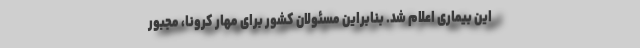
این بیماری اعلام شد. بنابراین مسئولان کشور برای مهار کرونا، مجبور